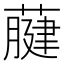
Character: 𦽇